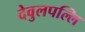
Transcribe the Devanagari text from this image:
देवुलपल्लि